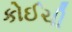
કોઈચી